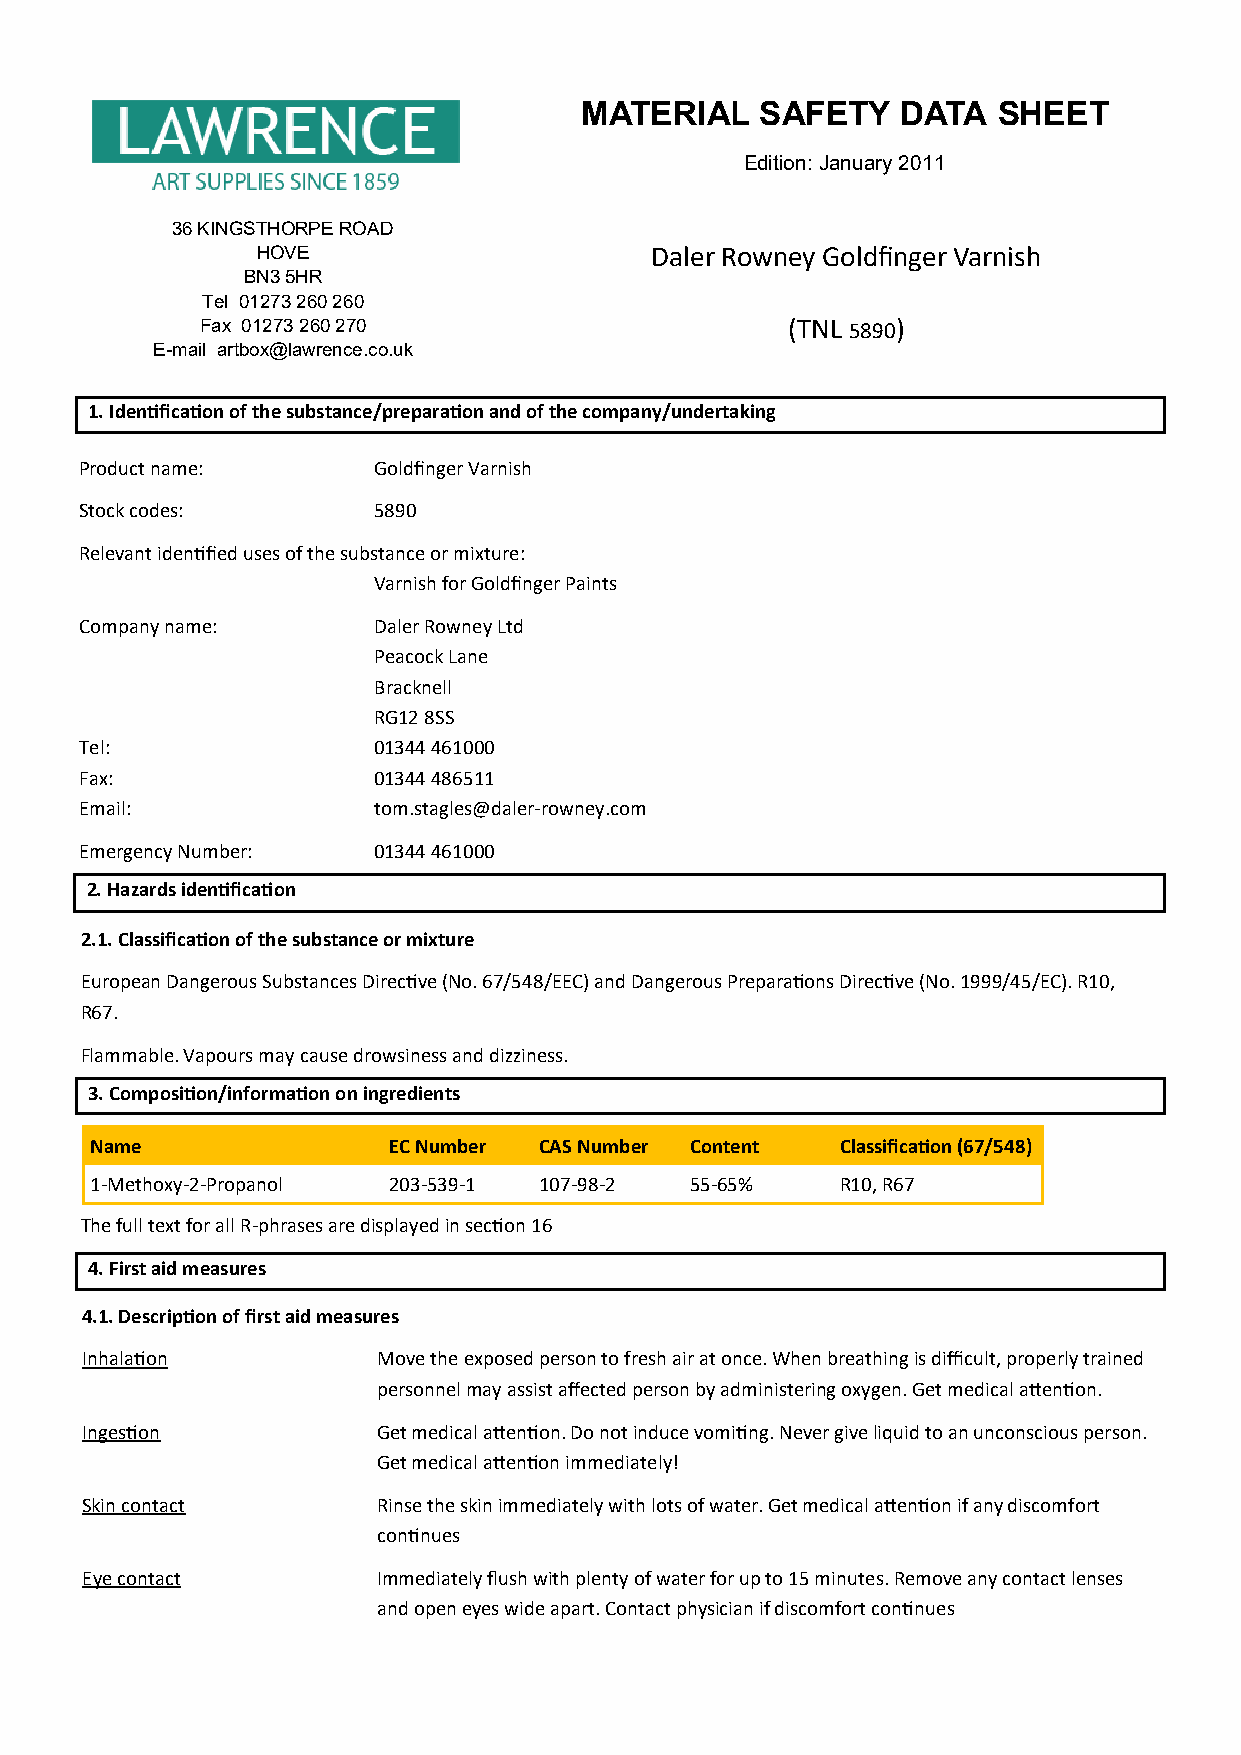
MATERIAL    SAFETY    DATA  SHEET
 Edition: January 2011
 36 KINGSTHORPE ROAD
 HOVE                      Daler Rowney Goldfinger Varnish
 BN3 5HR
 Tel 01273 260 260
 Fax 01273 260 270                      (TNL 5890)
 E-mail artbox@lawrence.co.uk
 1. Identification of the substance/preparation and of the company/undertaking
 Product name:       Goldfinger Varnish
 Stock codes:        5890
 Relevant identified uses of the substance or mixture:
 Varnish for Goldfinger Paints
 Company name:       Daler Rowney Ltd
 Peacock Lane
 Bracknell
 RG12 8SS
 Tel:                01344 461000
 Fax:                01344 486511
 Email:              tom.stagles@daler-rowney.com
 Emergency Number:   01344 461000
 2. Hazards identification
 2.1. Classification of the substance or mixture
 European Dangerous Substances Directive (No. 67/548/EEC) and Dangerous Preparations Directive (No. 1999/45/EC). R10,
 R67.
 Flammable. Vapours may cause drowsiness and dizziness.
 3. Composition/information on ingredients
 Name                EC Number CAS Number Content  Classification (67/548)
 1-Methoxy-2-Propanol 203-539-1 107-98-2 55-65%    R10, R67
 The full text for all R-phrases are displayed in section 16
 4. First aid measures
 4.1. Description of first aid measures
 Inhalation          Move the exposed person to fresh air at once. When breathing is difficult, properly trained
 personnel may assist affected person by administering oxygen. Get medical attention.
 Ingestion           Get medical attention. Do not induce vomiting. Never give liquid to an unconscious person.
 Get medical attention immediately!
 Skin contact        Rinse the skin immediately with lots of water. Get medical attention if any discomfort
 continues
 Eye contact         Immediately flush with plenty of water for up to 15 minutes. Remove any contact lenses
 and open eyes wide apart. Contact physician if discomfort continues